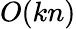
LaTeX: O(kn)